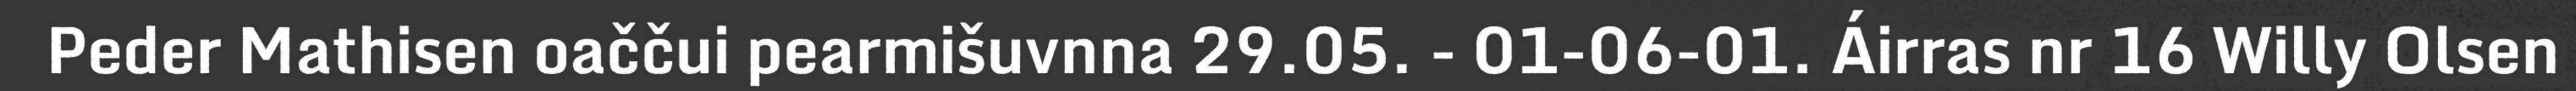
Peder Mathisen oaččui pearmišuvnna 29.05. - 01-06-01. Áirras nr 16 Willy Olsen